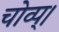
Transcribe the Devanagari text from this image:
चोव्प्।